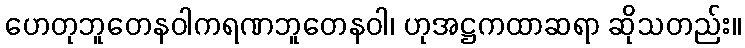
ဟေတုဘူတေနဝါကရဏဘူတေနဝါ၊ ဟုအဋ္ဌကထာဆရာ ဆိုသတည်း။